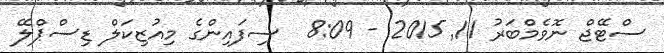
ސްޓޭޖް ނޮވެމްބަރު 11